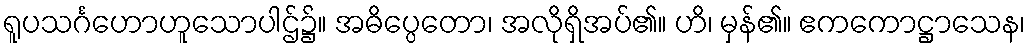
ရူပသင်္ဂဟောဟူသောပါဌ်၌။ အဓိပ္ပေတော၊ အလိုရှိအပ်၏။ ဟိ၊ မှန်၏။ ဧကကောဋ္ဌာသေန၊